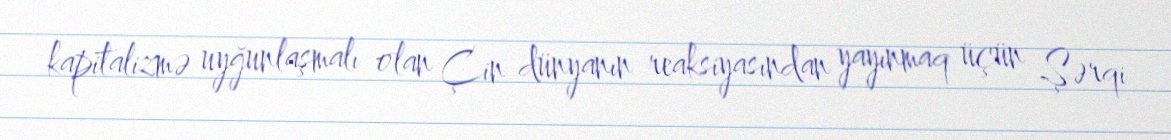
kapitalizmə uyğunlaşmalı olan Çin dünyanın reaksiyasından yayınmaq üçün Şərqi